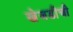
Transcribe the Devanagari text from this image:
खेजडीची